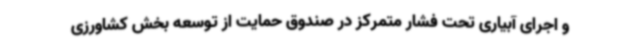
و اجرای آبیاری تحت فشار متمرکز در صندوق حمایت از توسعه بخش کشاورزی